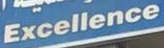
Excellence